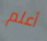
أعلم